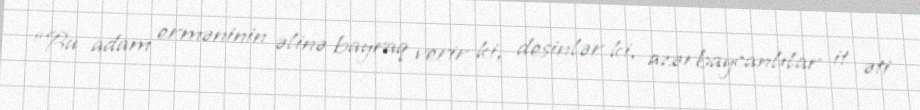
“Bu adam erməninin əlinə bayraq verir ki, desinlər ki, azərbaycanlılar it əti